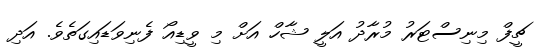
ޗީފް މިނިސްޓަރު މުރާދު އަލީ ޝާހް އަށް މި ވީޑިއޯ ފެނިވަޑައިގަތެވެ. އަދި